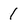
Character: 1